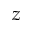
z